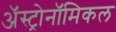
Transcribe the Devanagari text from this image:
अॅस्ट्रोनॉमिकल